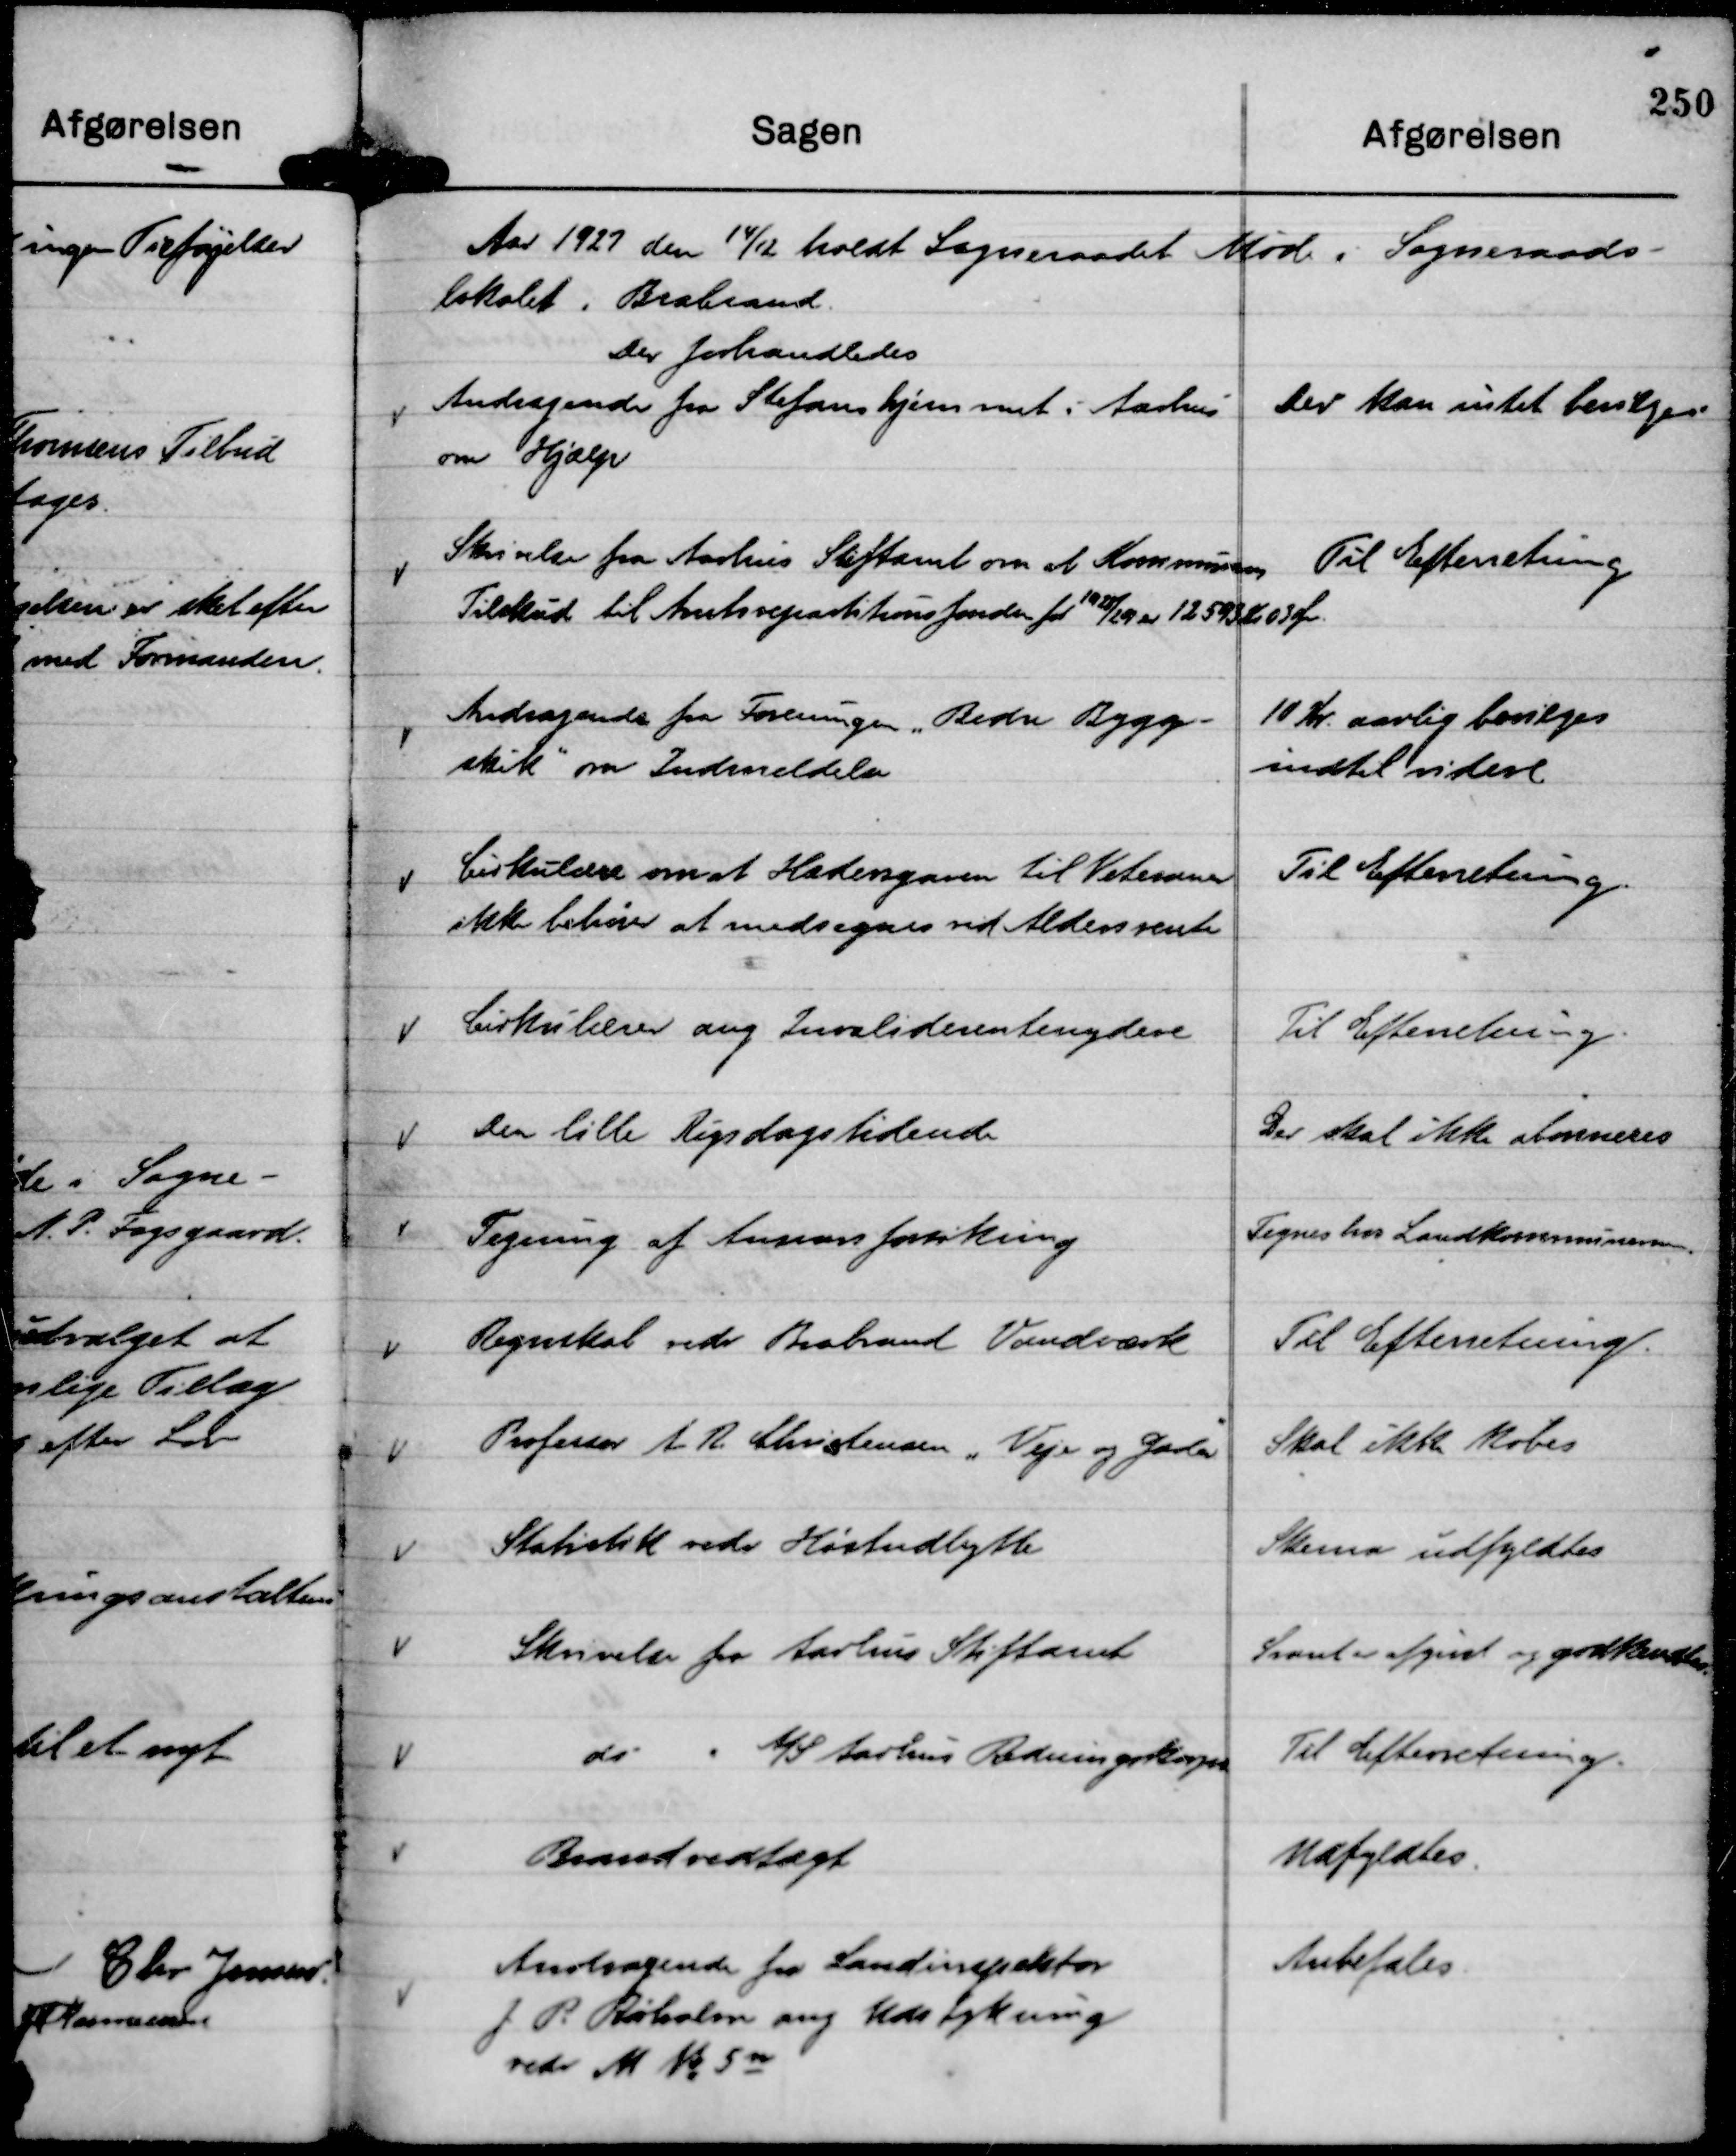
Transskription:
Aar 1927 den 14/12 holdt Sogneraadet Møde i Sogneraads-
lokalet i Brabrand.
Der forhandledes

Andragende fra Stefanshjemmet i Aarhus
om Hjælp

Der kan intet bevilges

Skrivelse fra Aarhus Stiftamt om at Kommunens
Tilskud til Amtsrepartitionsfonden for 1928/29 er 12593 Kr 03 Øre.

Til Efterretning

Andragende fra Foreningen "Bedre Bygge-
skik"

om Indmeldelse

10 Kr. aarlig bevilges
indtil videre

Cirkulære om at Hædersgaven til Veteraner
ikke behøver at medregnes ved Aldersrente

Til Efterretning.

Cirkulærer ang Invaliderentenydere

Til Efterretning

Den lille Rigsdagstidende

Der skal ikke abonneres

Tegning af Ansvarsforsikring

Tegnes hos Landkommunernes.

Regnskab vedr Brabrand Vandværk

Til Efterretning.

Professor A R. Christensen "Veje og Gader"

Skal ikke købes

Statistik vedr Høstudbytte

Skema udfyldtes

Skrivelse fra Aarhus Stiftamt

Svaret er afgivet og godkendtes

do " A/S Aarhus Redningskorps

Til Efterretning.

Brandvedtægt

Udfyldtes.

Andragende fra Landinspektør
J P. Rørholm ang Udstykning
vedr M No 5 n

Anbefales.